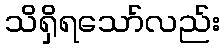
သိရှိရသော်လည်း